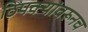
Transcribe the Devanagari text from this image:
ठिपक्यांवरूनच